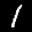
Label: 1